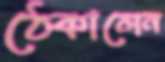
ঠেকালেন